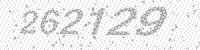
Solution: 262129